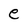
Character: e